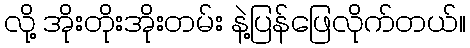
လို့ အိုးတိုးအိုးတမ်း နဲ့ပြန်ဖြေလိုက်တယ်။